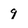
Character: 9